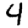
Digit: 4